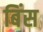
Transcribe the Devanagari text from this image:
बिंस